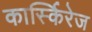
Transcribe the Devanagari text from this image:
कार्स्किरेज